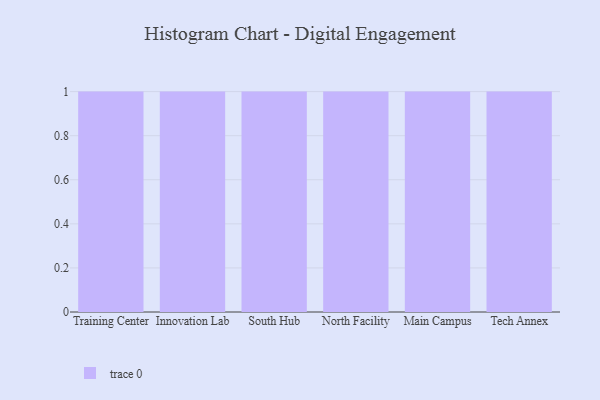
{"axis": {"x": "Campus", "y": "Bounce Rate (%)"}, "legend": [""], "data": [{"x": "Training Center", "y": 18, "type": ""}, {"x": "Innovation Lab", "y": 6, "type": ""}, {"x": "South Hub", "y": 29, "type": ""}, {"x": "North Facility", "y": 46, "type": ""}, {"x": "Main Campus", "y": 86, "type": ""}, {"x": "Tech Annex", "y": 56, "type": ""}]}